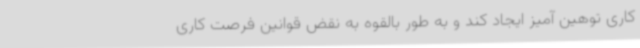
کاری توهین آمیز ایجاد کند و به طور بالقوه به نقض قوانین فرصت کاری